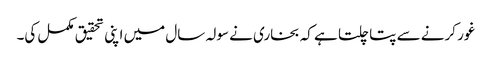
غور کرنے سے پتا چلتا ہے کہ بخاری نے سولہ سال میں اپنی تحقیق مکمل کی۔